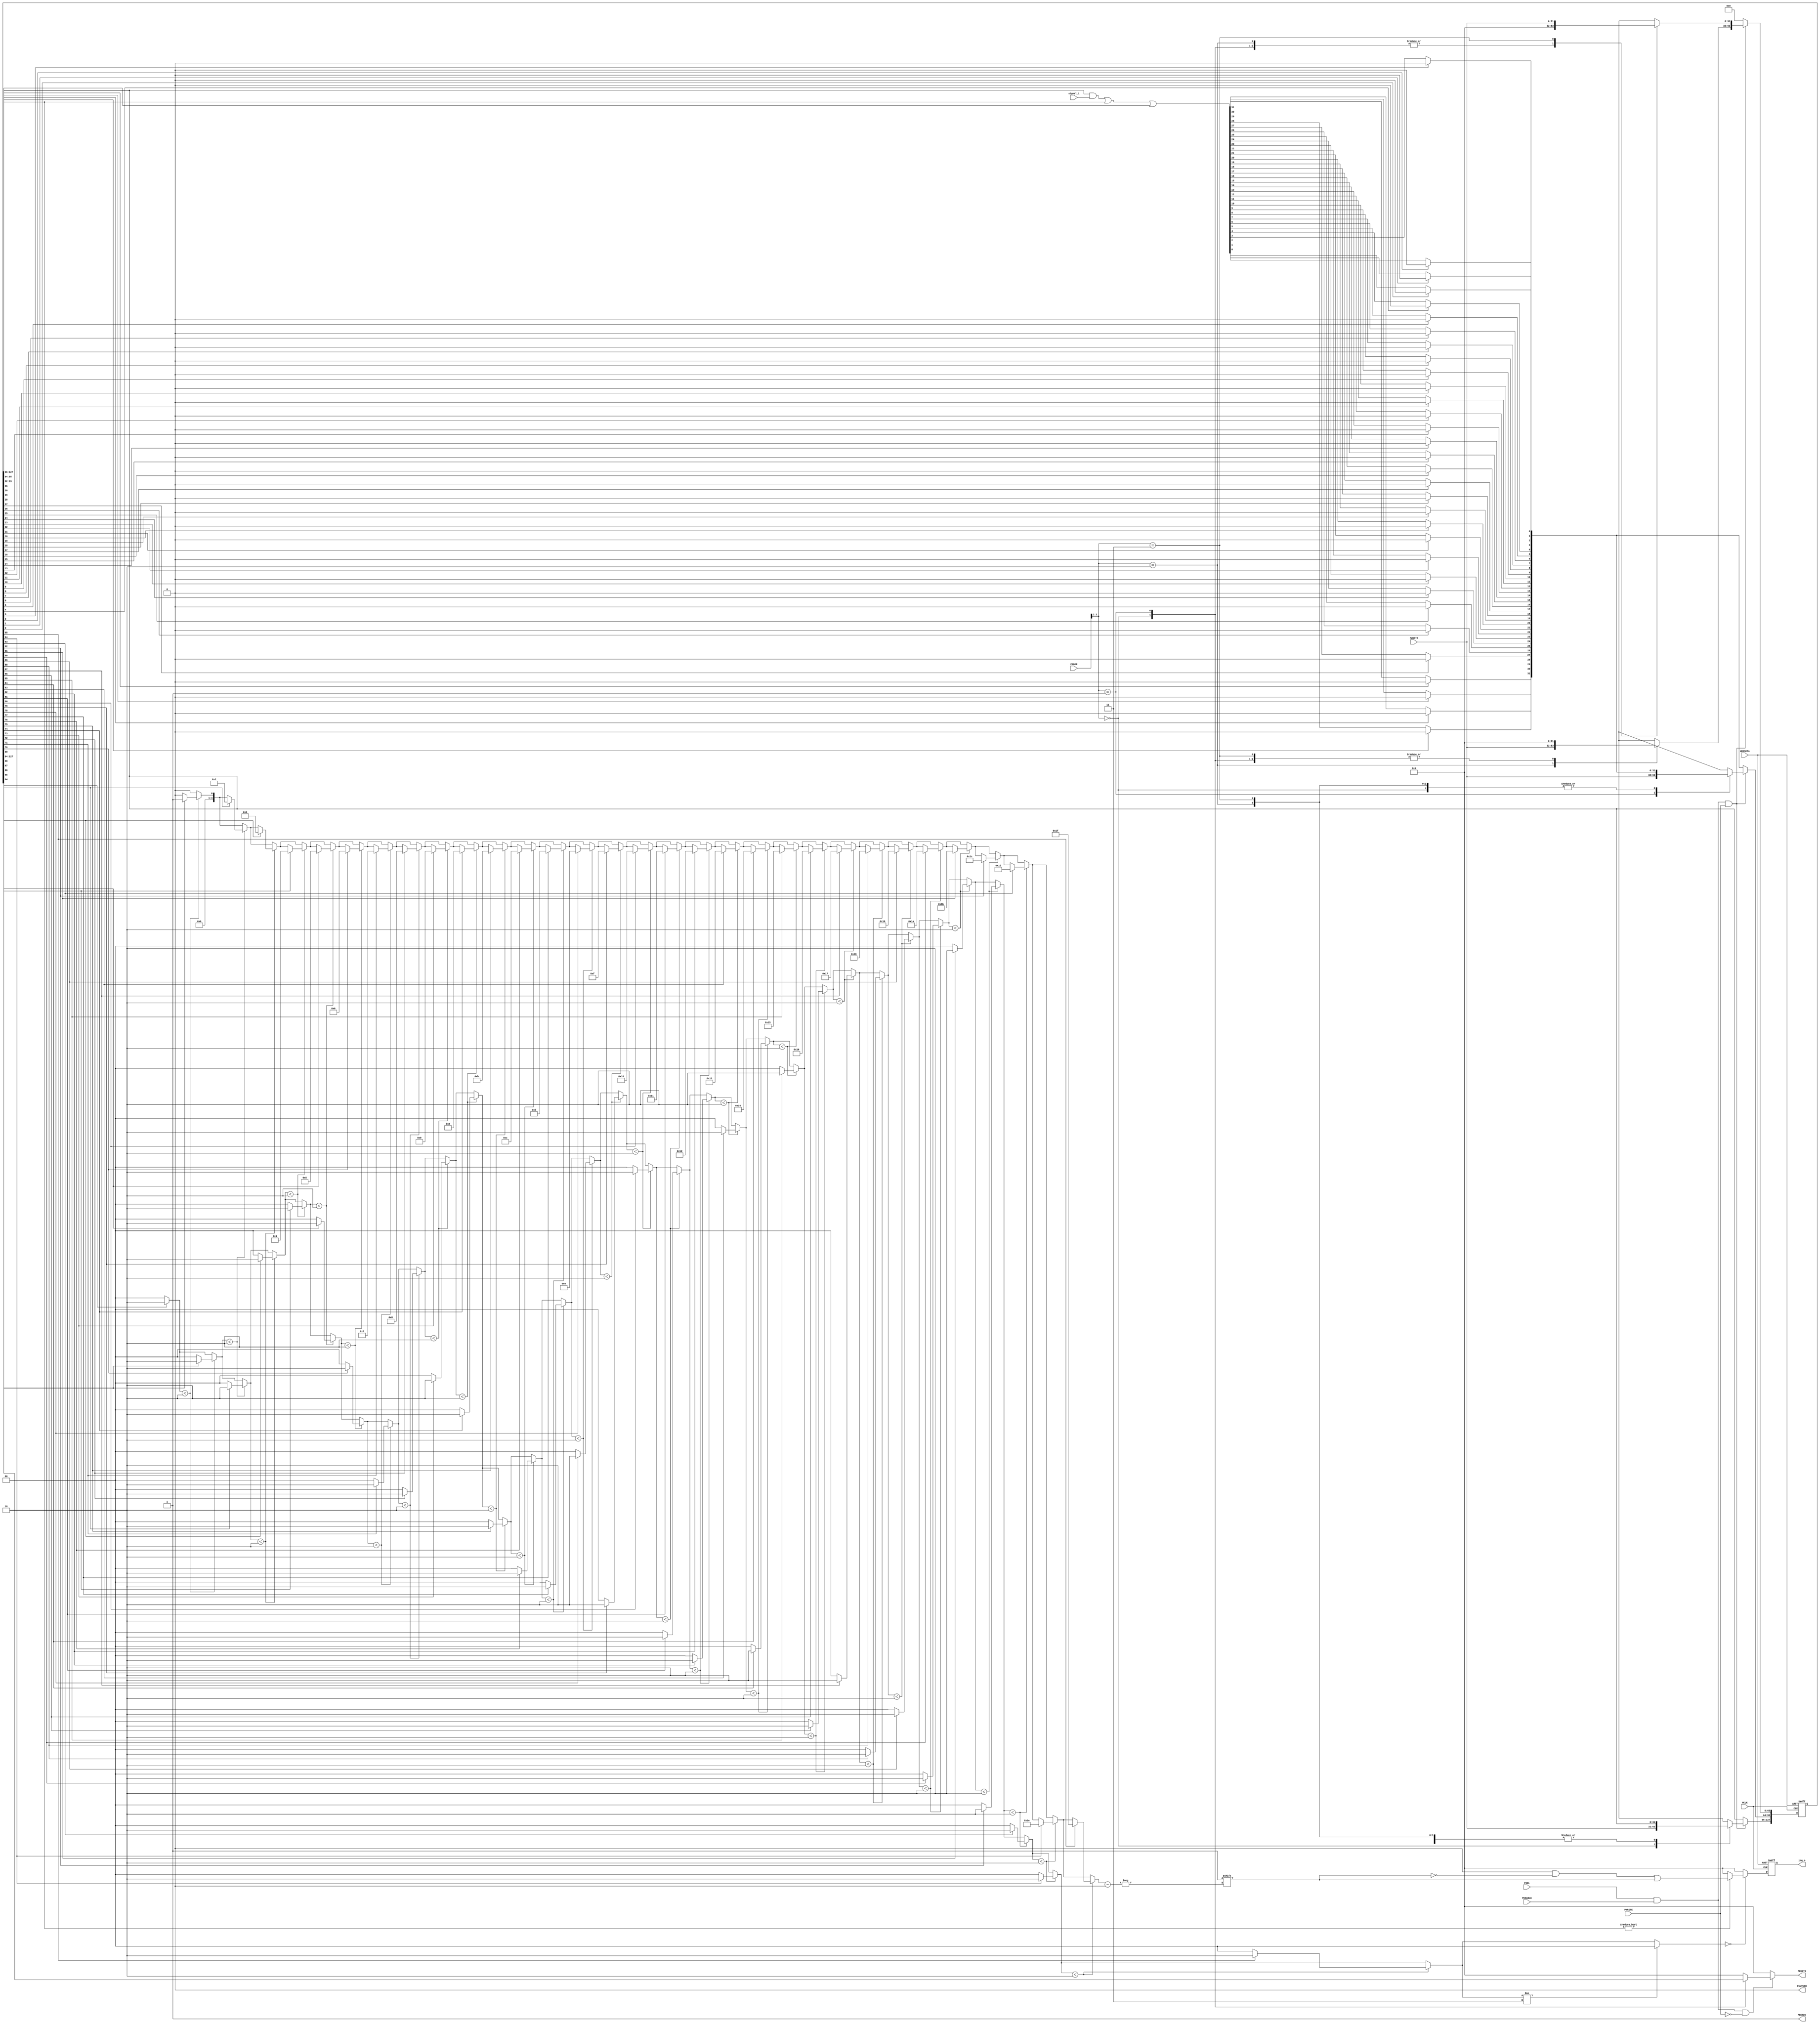
module generic_service_unit 
#(
    parameter APB_ADDR_WIDTH = 12  //APB slaves are 4KB by default
)
(
	HCLK,
	HRESETn,
	PADDR,
	PWDATA,
	PWRITE,
	PSEL,
	PENABLE,
	PRDATA,
	PREADY,
	PSLVERR,
	signal_i,
	irq_o
);
	//parameter APB_ADDR_WIDTH = 12;
	input wire HCLK;
	input wire HRESETn;
	input wire [APB_ADDR_WIDTH - 1:0] PADDR;
	input wire [31:0] PWDATA;
	input wire PWRITE;
	input wire PSEL;
	input wire PENABLE;
	output reg [31:0] PRDATA;
	output wire PREADY;
	output wire PSLVERR;
	input wire [31:0] signal_i;
	output reg [31:0] irq_o;
	reg [127:0] regs_q;
	reg [127:0] regs_n;
	reg [4:0] highest_pending_int;
	wire [1:0] register_adr;
	reg [31:0] irq_n;
	assign register_adr = PADDR[3:2];
	always @(*) begin : sv2v_autoblock_1
		reg [0:1] _sv2v_jump;
		_sv2v_jump = 2'b00;
		highest_pending_int = 'b0;
		irq_n = 32'b00000000000000000000000000000000;
		begin : sv2v_autoblock_2
			reg signed [31:0] i;
			for (i = 0; i < 32; i = i + 1)
				if (_sv2v_jump < 2'b10) begin
					_sv2v_jump = 2'b00;
					if (regs_q[64 + i]) begin
						highest_pending_int = i;
						_sv2v_jump = 2'b10;
					end
				end
			if (_sv2v_jump != 2'b11)
				_sv2v_jump = 2'b00;
		end
		if (_sv2v_jump == 2'b00)
			if (regs_q[64+:32] != 'b0)
				irq_n[highest_pending_int] = 1'b1;
	end
	assign PREADY = 1'b1;
	assign PSLVERR = 1'b0;
	reg [31:0] pending_int;
	always @(*) begin
		regs_n = regs_q;
		regs_n[32+:32] = 32'b00000000000000000000000000000000;
		regs_n[0+:32] = 32'b00000000000000000000000000000000;
		pending_int = (regs_q[96+:32] & signal_i) | regs_q[64+:32];
		pending_int = pending_int | regs_q[32+:32];
		begin : sv2v_autoblock_3
			reg signed [31:0] i;
			for (i = 0; i < 32; i = i + 1)
				if (regs_q[i])
					pending_int[i] = 1'b0;
		end
		if ((PSEL && PENABLE) && PWRITE)
			case (register_adr)
				2'b00: regs_n[96+:32] = PWDATA;
				2'b01: pending_int = PWDATA;
				2'b10: regs_n[32+:32] = PWDATA;
				2'b11: regs_n[0+:32] = PWDATA;
			endcase
		regs_n[64+:32] = pending_int;
	end
	always @(*) begin
		PRDATA = 'b0;
		if ((PSEL && PENABLE) && !PWRITE)
			case (register_adr)
				2'b00: PRDATA = regs_q[96+:32];
				2'b01: PRDATA = regs_q[64+:32];
				default: PRDATA = 'b0;
			endcase
	end
	always @(posedge HCLK or negedge HRESETn)
		if (~HRESETn) begin
			regs_q <= {4 {32'b00000000000000000000000000000000}};
			irq_o <= 32'b00000000000000000000000000000000;
		end
		else begin
			regs_q <= regs_n;
			irq_o <= irq_n;
		end
endmodule